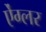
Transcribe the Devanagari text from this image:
ऐंग्लर